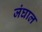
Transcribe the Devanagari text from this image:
जंघाल